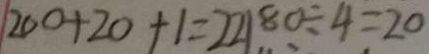
2 0 0 + 2 0 + 1 = 2 2 1 8 0 \div 4 = 2 0